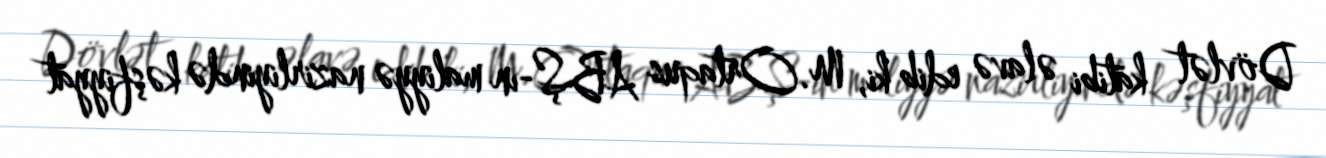
Dövlət katibi əlavə edib ki, M.Ortaqus ABŞ-ın maliyyə nazirliyində kəşfiyyat